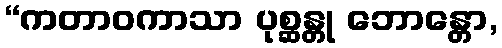
“ကတာဝကာသာ ပုစ္ဆန္တု ဘောန္တော,